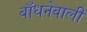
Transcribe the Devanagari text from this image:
बाँधनेवाली